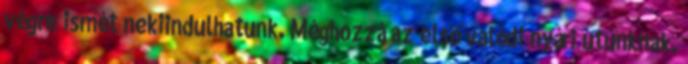
végre ismét nekiindulhatunk. Méghozzá az első valódi nyári utunknak.